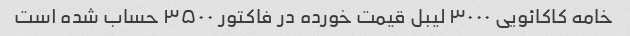
خامه کاکائویی ۳۰۰۰ لیبل قیمت خورده در فاکتور ۳۵۰۰ حساب شده است